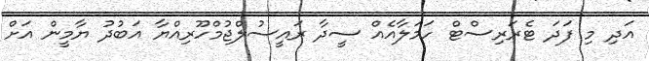
އަދި މި ފަދަ ޓެރަރިސްޓް ހަމަލާއެއް ސީދާ ރައީސުލްޖުމްހޫރިއްޔާ އަބުދު ޔާމީން އަށް